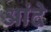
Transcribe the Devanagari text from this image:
आंदे